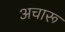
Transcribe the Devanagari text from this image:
अचारू